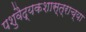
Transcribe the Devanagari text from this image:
पशुवैद्यकशास्त्राच्या